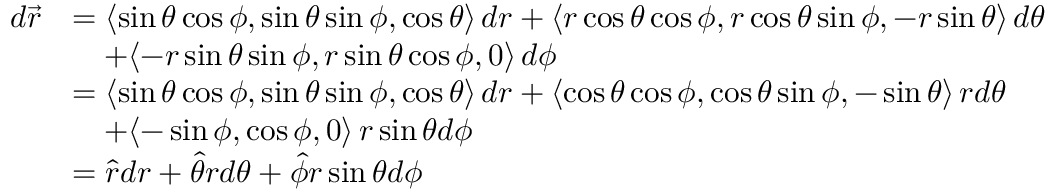
\begin{array} { r l } { d \vec { r } } & { = \langle \sin \theta \cos \phi , \sin \theta \sin \phi , \cos \theta \rangle \, d r + \langle r \cos \theta \cos \phi , r \cos \theta \sin \phi , - r \sin \theta \rangle \, d \theta } \\ & { \quad + \langle - r \sin \theta \sin \phi , r \sin \theta \cos \phi , 0 \rangle \, d \phi } \\ & { = \langle \sin \theta \cos \phi , \sin \theta \sin \phi , \cos \theta \rangle \, d r + \langle \cos \theta \cos \phi , \cos \theta \sin \phi , - \sin \theta \rangle \, r d \theta } \\ & { \quad + \langle - \sin \phi , \cos \phi , 0 \rangle \, r \sin \theta d \phi } \\ & { = \hat { r } d r + \hat { \theta } r d \theta + \hat { \phi } r \sin \theta d \phi } \end{array}